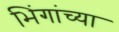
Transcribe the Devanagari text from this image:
भिंगांच्या